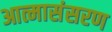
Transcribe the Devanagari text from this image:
आत्मासंसरण